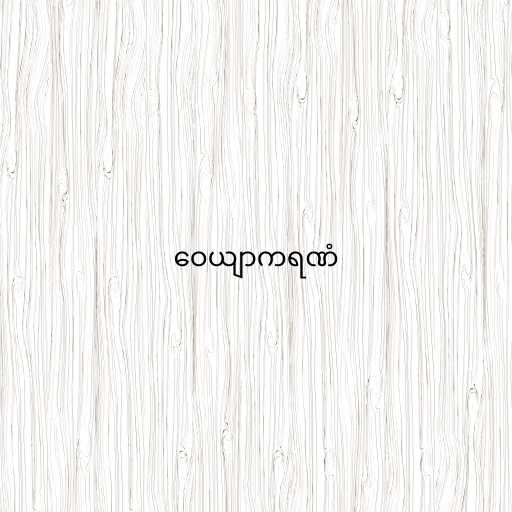
ဝေယျာကရဏံ